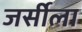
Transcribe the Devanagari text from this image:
जर्सीला